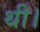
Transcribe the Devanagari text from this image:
थी।